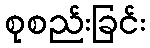
စုစည်းခြင်း